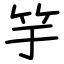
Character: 竽